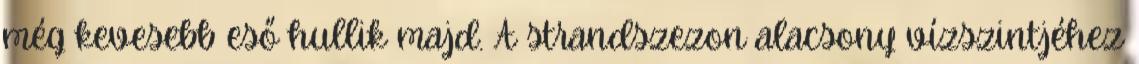
még kevesebb eső hullik majd. A strandszezon alacsony vízszintjéhez